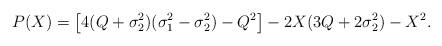
LaTeX: \begin{align*} P(X)=\left[4(Q+\sigma_2^2)(\sigma_1^2-\sigma_2^2)-Q^2\right] -2X(3Q+2\sigma_2^2) -X^2.\end{align*}